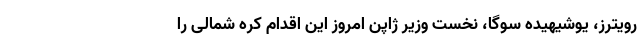
رویترز، یوشیهیده سوگا، نخست وزیر ژاپن امروز این اقدام کره شمالی را